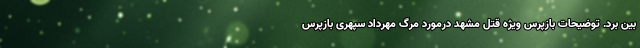
بین برد. توضیحات بازپرس ویژه قتل مشهد درمورد مرگ مهرداد سپهری بازپرس